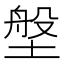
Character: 𪤈